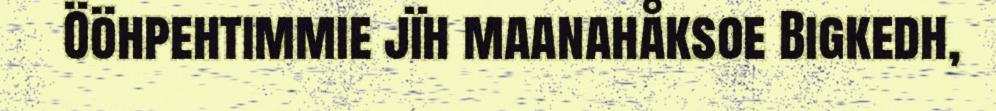
Ööhpehtimmie jïh maanahåksoe Bigkedh,